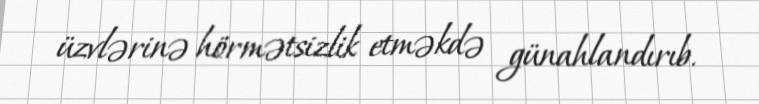
üzvlərinə hörmətsizlik etməkdə günahlandırıb.